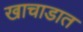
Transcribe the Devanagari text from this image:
खाचाडात